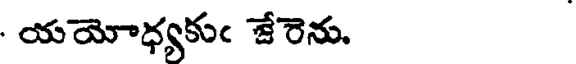
యయోధ్యకుఁ జేరెను.